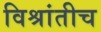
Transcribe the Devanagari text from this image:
विश्रांतीच